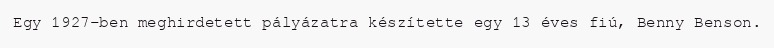
Egy 1927-ben meghirdetett pályázatra készítette egy 13 éves fiú, Benny Benson.